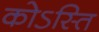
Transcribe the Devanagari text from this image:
कोऽस्ति